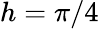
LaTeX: h=\pi/4